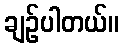
ချဉ်ပါတယ်။